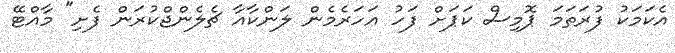
އެކަމަކު ފުރަތަމަ ޕޮމިސް ކަޕަށް ފަހު އަހަރެމެން ލަންކާއާ ޗެލެންޖްކުރަން ފެށި" މާއްޓޭ